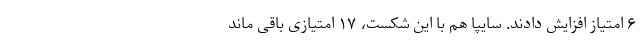
۶ امتیاز افزایش دادند. سایپا هم با این شکست، ۱۷ امتیازی باقی ماند